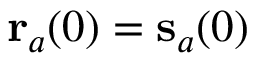
\mathbf r _ { a } ( 0 ) = { \mathbf s } _ { a } ( 0 )